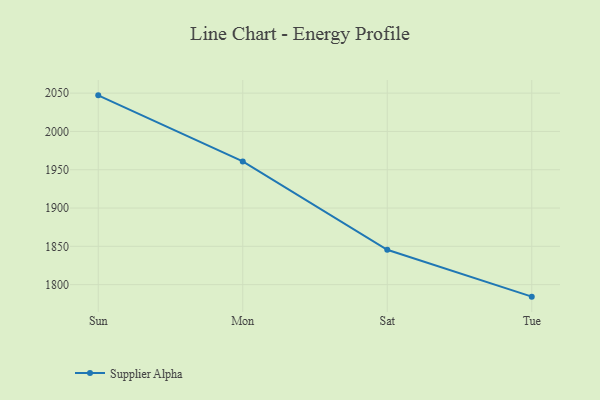
{"axis": {"x": "Day", "y": "Customer Acquisition Cost (USD)"}, "legend": ["Supplier Alpha"], "data": [{"x": "Sun", "y": 2047.1, "type": "Supplier Alpha"}, {"x": "Mon", "y": 1960.9, "type": "Supplier Alpha"}, {"x": "Sat", "y": 1845.5, "type": "Supplier Alpha"}, {"x": "Tue", "y": 1784.3, "type": "Supplier Alpha"}]}